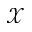
\mathscr X